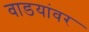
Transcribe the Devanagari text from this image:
वाडयांवर